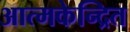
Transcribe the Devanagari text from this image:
आत्मकेन्द्रित